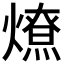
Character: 𰟤